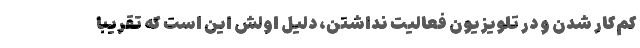
کم‌کار شدن و در تلویزیون فعالیت نداشتن، دلیل اولش این است که تقریباً